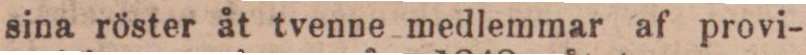
sina röster åt tvenne medlemmar af provi-